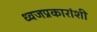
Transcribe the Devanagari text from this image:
ध्वजप्रकारांशी